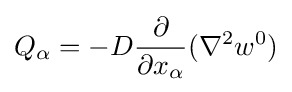
Q_{\alpha }=-D{\frac {\partial }{\partial x_{\alpha }}}(\nabla ^{2}w^{0})